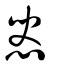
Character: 惥